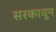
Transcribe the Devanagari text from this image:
सरकावून